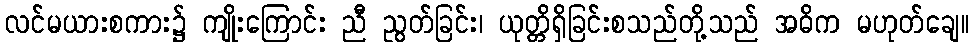
လင်မယားစကား၌ ကျိုးကြောင်း ညီ ညွတ်ခြင်း၊ ယုတ္တိရှိခြင်းစသည်တို့သည် အဓိက မဟုတ်ချေ။